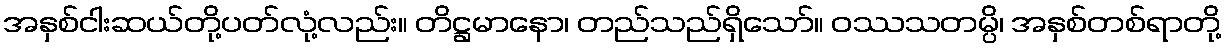
အနှစ်ငါးဆယ်တို့ပတ်လုံ့လည်း။ တိဋ္ဌမာနော၊ တည်သည်ရှိသော်။ ဝဿသတမ္ပိ၊ အနှစ်တစ်ရာတို့